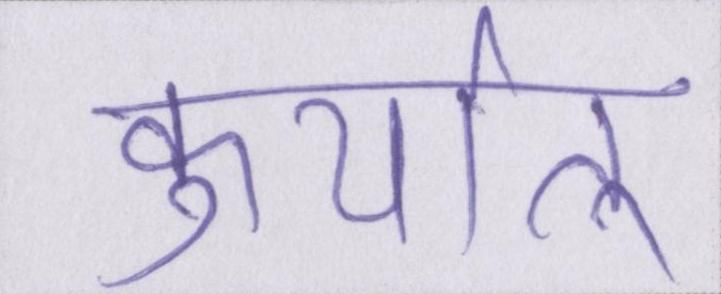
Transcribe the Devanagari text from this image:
कुर्यात्